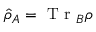
\hat { \rho } _ { A } = \mathrm { ~ T ~ r ~ } _ { B } \rho